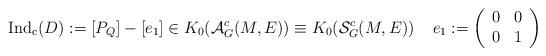
LaTeX: \begin{align*}\operatorname{Ind_c} (D):= [P_{Q}] - [e_1]\in K_0 (\mathcal{A}_G^c (M,E))\equiv K_0 (\mathcal{S}_G^c (M,E))\;\;\;\;e_1:=\left( \begin{array}{cc} 0 & 0 \\ 0&1\end{array} \right)\end{align*}